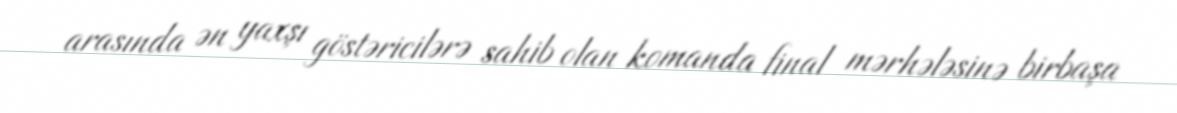
arasında ən yaxşı göstəricilərə sahib olan komanda final mərhələsinə birbaşa